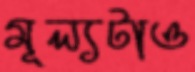
মূল্যটাও